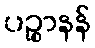
ပဉ္စာနန်